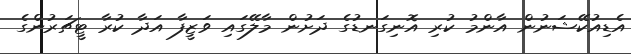
އެޑިއުކޭޝަނުން އާންމު ކުރި އޮނިގަނޑުގެ ދަށުން މާލޭގައި ވަޒީފާ އަދާ ކުރާ ޓީޗަރުންގެ